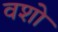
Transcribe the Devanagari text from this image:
वशो